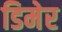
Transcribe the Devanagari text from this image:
डिमेर